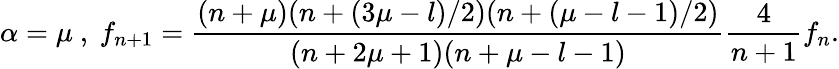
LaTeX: \alpha=\mu\ ,\ f_{n+1}=\frac{(n+\mu)(n+(3\mu-l)/2)(n+(\mu-l-1)/2)}{(n+2\mu+1)(n+\mu-l-1)}\frac{4}{n+1}f_{n}.